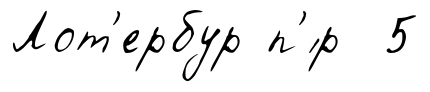
Лот'ербур п'́р 5